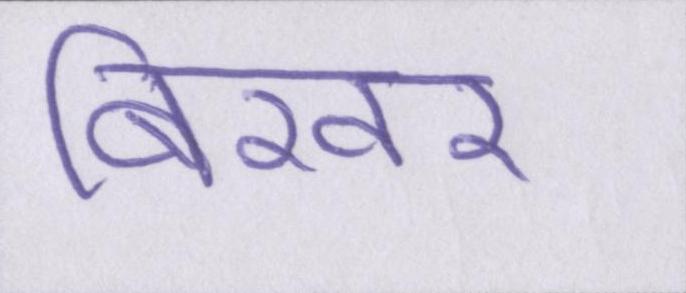
बिखर